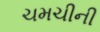
ચમચીની